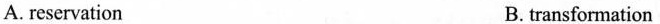
A. reservation B. transformation